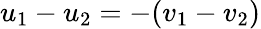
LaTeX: u_{1}-u_{2}=-(v_{1}-v_{2})